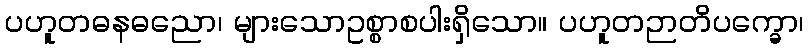
ပဟူတဓနဓညော၊ များသောဥစ္စာစပါးရှိသော။ ပဟူတဉာတိပက္ခော၊